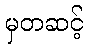
မှတဆင့်